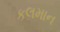
કલમાન